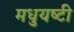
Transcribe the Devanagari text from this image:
मधुयष्‍टी